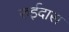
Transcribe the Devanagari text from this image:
रुईदास